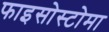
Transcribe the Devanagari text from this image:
फाइसोस्टोमा